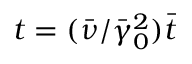
t = ( \bar { \nu } / \bar { \gamma } _ { 0 } ^ { 2 } ) \bar { t }